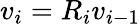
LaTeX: v_{i}=R_{i}v_{i-1}